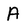
Character: A